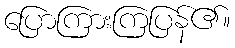
ပြောကြားကြပြန်၏။